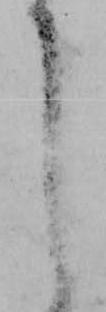
し